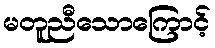
မတူညီသောကြောင့်